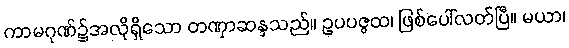
ကာမဂုဏ်၌အလိုရှိသော တဏှာဆန္ဒသည်။ ဥပပဇ္ဇထ၊ ဖြစ်ပေါ်လတ်ပြီ။ မယာ၊